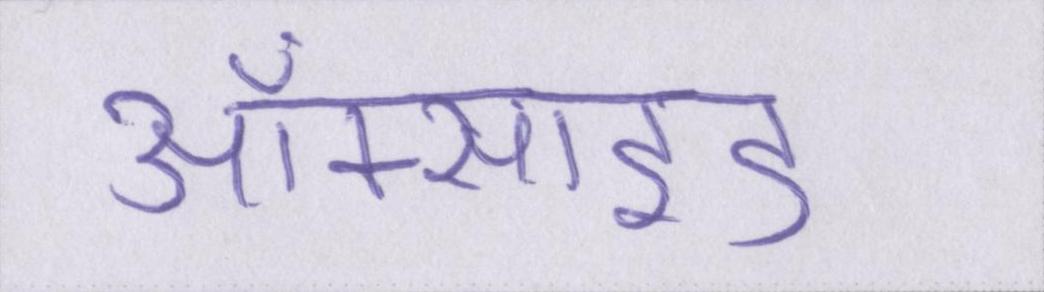
ऑक्साइड